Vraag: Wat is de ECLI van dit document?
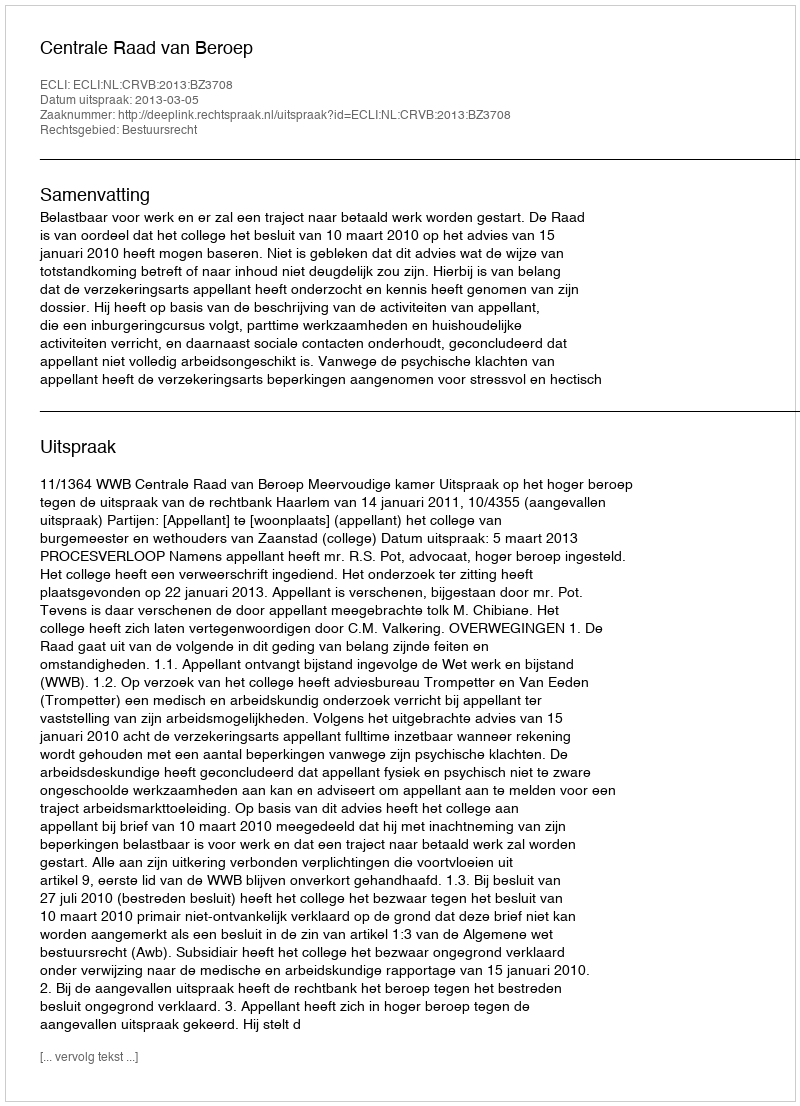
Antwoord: ECLI:NL:CRVB:2013:BZ3708